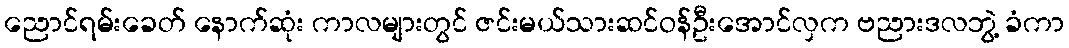
ညောင်ရမ်းခေတ် နောက်ဆုံး ကာလများတွင် ဇင်းမယ်သားဆင်ဝန်ဦးအောင်လှက ဗညားဒလဘွဲ့ ခံကာ